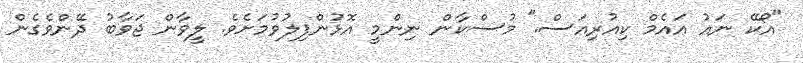
"އޯކޭ ނައު އައެމް ކިއުރިއަސް." މުސްކާން ނިންމީ އޮޅުންފިލުވުމަށެވެ. ލީވާން ޖަވާބު ދޭންވެގެން